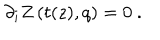
LaTeX: \partial _ { i } Z \left( t ( z ) , q \right) = 0 \ .